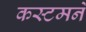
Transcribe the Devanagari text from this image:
कस्टमने